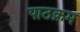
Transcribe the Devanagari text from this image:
पाठक्रम